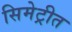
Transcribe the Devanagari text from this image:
सिमेट्रीत